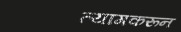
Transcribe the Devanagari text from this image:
त्यागकरून